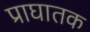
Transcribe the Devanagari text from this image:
प्राघातक